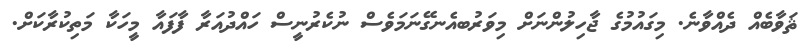
ޘަވާބެއް ދެއްވާނެެ. މިގައުމުގެ ޖާހިލުންނަށް މިވަރުބއެނގޭނަމަވެސް ނުކެރުނީސް ހައްދުއަރާ ފާފައާ މީހަކާ މަތިކުރާކަށް.